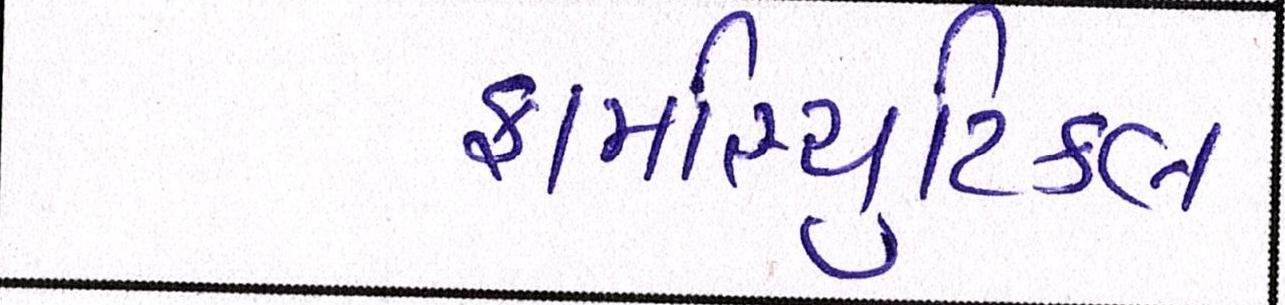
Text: ફાર્માસ્યુટિકલ